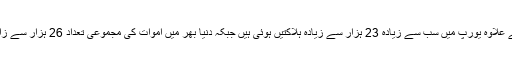
اس کے علاوہ یورپ میں سب سے زیادہ 23 ہزار سے زیادہ ہلاکتیں ہوئی ہیں جبکہ دنیا بھر میں اموات کی مجموعی تعداد 26 ہزار سے زائد ہے۔